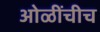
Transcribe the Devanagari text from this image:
ओळींचीच